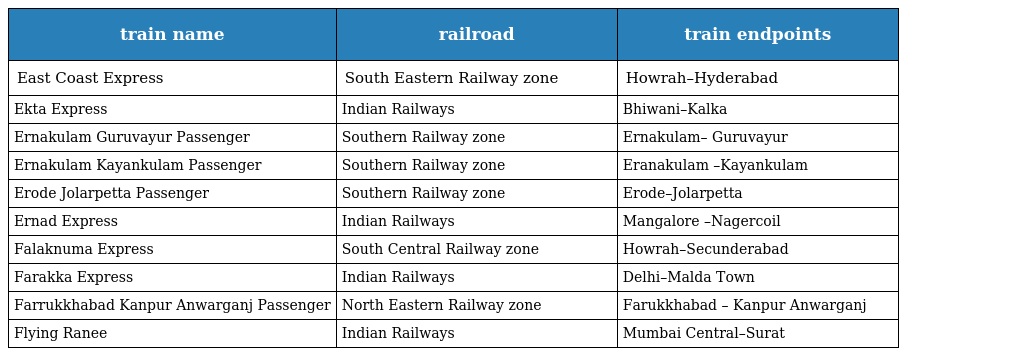
| train name | railroad | train endpoints |
 | --- | --- | --- |
 | East Coast Express | South Eastern Railway zone | Howrah–Hyderabad |
 | Ekta Express | Indian Railways | Bhiwani–Kalka |
 | Ernakulam Guruvayur Passenger | Southern Railway zone | Ernakulam– Guruvayur |
 | Ernakulam Kayankulam Passenger | Southern Railway zone | Eranakulam –Kayankulam |
 | Erode Jolarpetta Passenger | Southern Railway zone | Erode–Jolarpetta |
 | Ernad Express | Indian Railways | Mangalore –Nagercoil |
 | Falaknuma Express | South Central Railway zone | Howrah–Secunderabad |
 | Farakka Express | Indian Railways | Delhi–Malda Town |
 | Farrukkhabad Kanpur Anwarganj Passenger | North Eastern Railway zone | Farukkhabad – Kanpur Anwarganj |
 | Flying Ranee | Indian Railways | Mumbai Central–Surat |